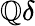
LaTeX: \mathbb{Q}\delta